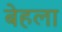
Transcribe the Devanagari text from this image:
बेहला